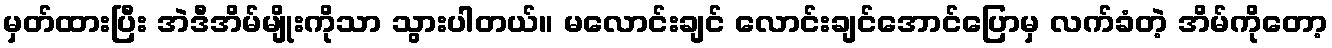
မှတ်ထားပြီး အဲဒီအိမ်မျိုးကိုသာ သွားပါတယ်။ မလောင်းချင် လောင်းချင်အောင်ပြောမှ လက်ခံတဲ့ အိမ်ကိုတော့